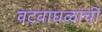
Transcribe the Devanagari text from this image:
वटवाघळांची